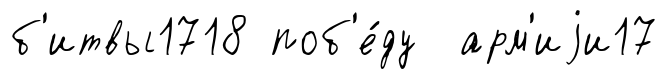
б'итвы1718 поб'е́ду арм'иjи17